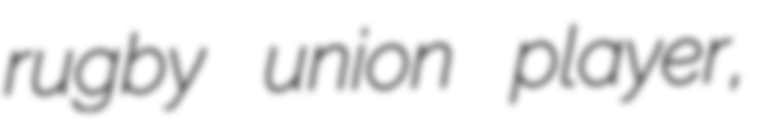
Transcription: rugby union player,